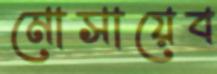
মোসায়েব